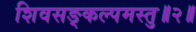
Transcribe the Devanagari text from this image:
शिवसङ्कल्पमस्तु॥२॥